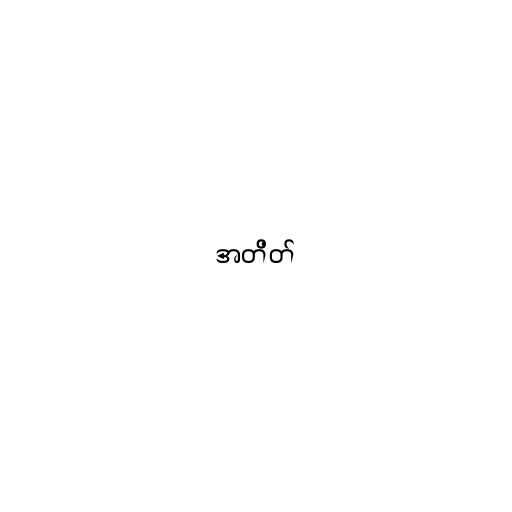
အတိတ်